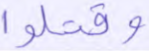
وقتلوا